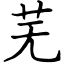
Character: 芜